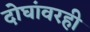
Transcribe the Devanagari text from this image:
दोघांवरही